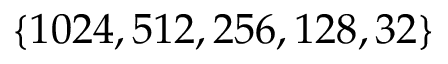
\{ 1 0 2 4 , 5 1 2 , 2 5 6 , 1 2 8 , 3 2 \}